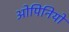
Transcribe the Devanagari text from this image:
ओपिनियों